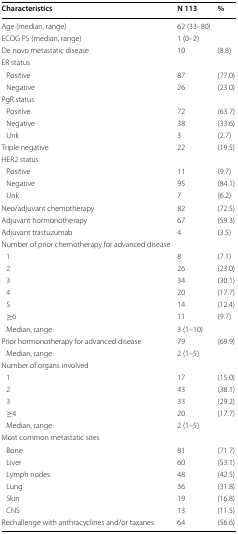
| Characteristics | N 113 | % |
 | --- | --- | --- |
 | Age (median, range) | 62 (33–80) |  |
 | ECOG PS (median, range) | 1 (0–2) |  |
 | De novo metastatic disease | 10 | (8.8) |
 | ER status |  |  |
 | Positive | 87 | (77.0) |
 | Negative | 26 | (23.0) |
 | PgR status |  |  |
 | Positive | 72 | (63.7) |
 | Negative | 38 | (33.6) |
 | Unk | 3 | (2.7) |
 | Triple negative | 22 | (19.5) |
 | HER2 status |  |  |
 | Positive | 11 | (9.7) |
 | Negative | 95 | (84.1) |
 | Unk | 7 | (6.2) |
 | Neo/adjuvant chemotherapy | 82 | (72.5) |
 | Adjuvant hormonotherapy | 67 | (59.3) |
 | Adjuvant trastuzumab | 4 | (3.5) |
 | Number of prior chemotherapy for advanced disease |  |  |
 | 1 | 8 | (7.1) |
 | 2 | 26 | (23.0) |
 | 3 | 34 | (30.1) |
 | 4 | 20 | (17.7) |
 | 5 | 14 | (12.4) |
 | ≥6 | 11 | (9.7) |
 | Median, range | 3 (1–10) |  |
 | Prior hormonotherapy for advanced disease | 79 | (69.9) |
 | Median, range | 2 (1–5) |  |
 | Number of organs involved |  |  |
 | 1 | 17 | (15.0) |
 | 2 | 43 | (38.1) |
 | 3 | 33 | (29.2) |
 | ≥4 | 20 | (17.7) |
 | Median, range | 2 (1–5) |  |
 | Most common metastatic sites |  |  |
 | Bone | 81 | (71.7) |
 | Liver | 60 | (53.1) |
 | Lymph nodes | 48 | (42.5) |
 | Lung | 36 | (31.8) |
 | Skin | 19 | (16.8) |
 | CNS | 13 | (11.5) |
 | Rechallenge with anthracyclines and/or taxanes | 64 | (56.6) |